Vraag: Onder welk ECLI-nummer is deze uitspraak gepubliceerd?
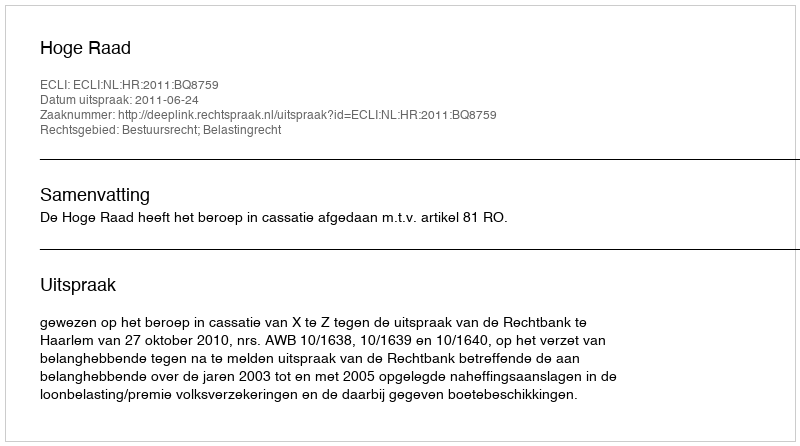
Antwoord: ECLI:NL:HR:2011:BQ8759